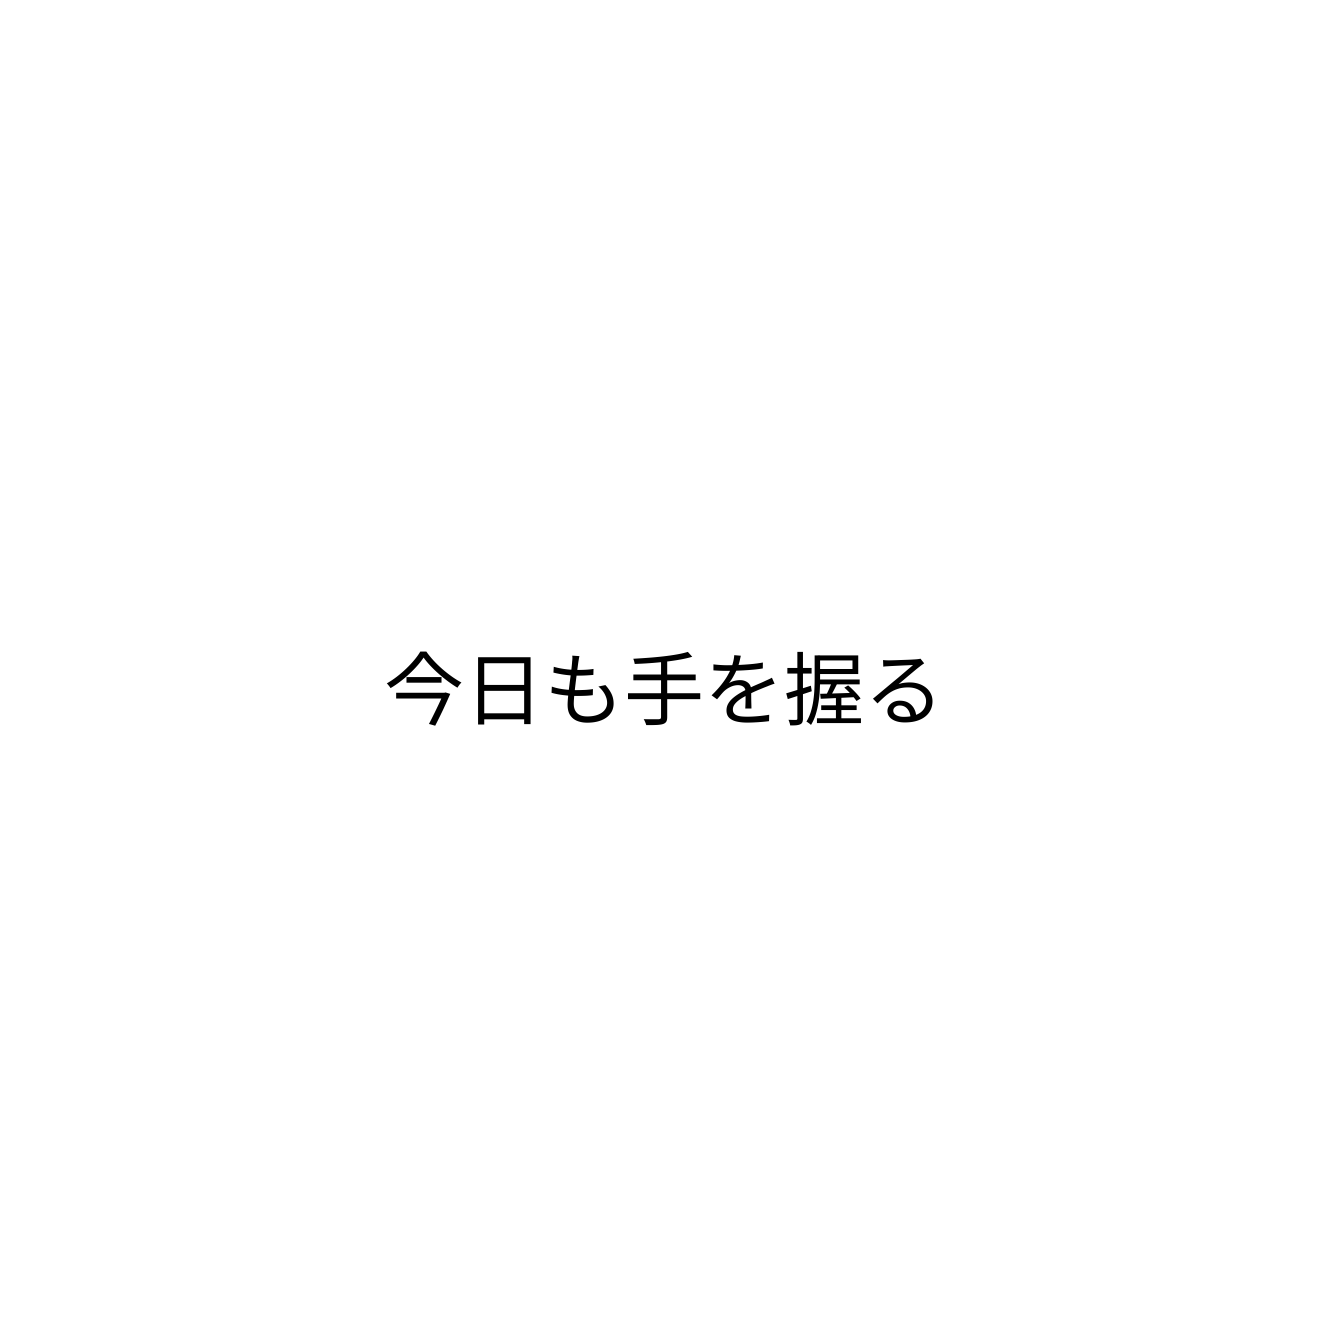
今日も手を握る